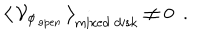
LaTeX: \big \langle \, { \cal V } _ { \phi _ { \mathrm { \, o p e n } } } \, \big \rangle _ { \mathrm { m i x e d ~ d i s k } } \not = 0 ~ ~ .